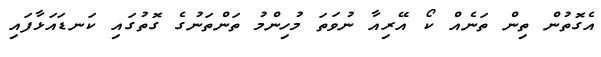
އެގޮތުން ތިން ތަނެއް ކޯ އޭރިއާ ނުވަތަ މުހިންމު ތަންތަނުގެ ގޮތުގައި ކަނޑައަޅާފައި